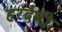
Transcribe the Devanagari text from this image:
हरदेवी